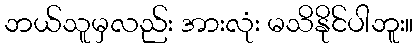
ဘယ်သူမှလည်း အားလုံး မသိနိုင်ပါဘူး။